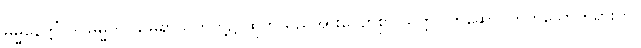
ဓမ္မနေတ္တိံ၊ ဒိဋ္ဌဓမ္မိက သမ္ပရာယိကတို့၌ ထိုက်သည်အားလျော်စွာ သတ္တဝါကိုဆောင်တတ်သောတရားကို။